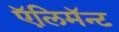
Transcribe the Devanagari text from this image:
ऍलिमॅन्ट